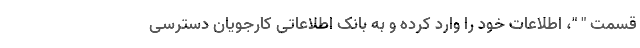
قسمت " "، اطلاعات خود را وارد کرده و به بانک اطلاعاتی کارجویان دسترسی